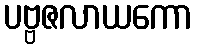
ပဗ္ဗဇလာယကော